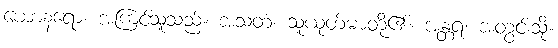
ယောနရော၊ အကြင်သူသည်။ အသတံ၊ သူယုတ်မာတို့၏။ အန္တရံ၊ အတွင်းသို့။